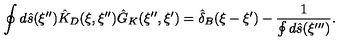
\oint { d } \hat { s } ( \xi ^ { \prime \prime } ) { \hat { K } _ { D } } ( \xi , \xi ^ { \prime \prime } ) { \hat { G } _ { K } } ( \xi ^ { \prime \prime } , \xi ^ { \prime } ) = { \hat { \delta } _ { B } } ( \xi - \xi ^ { \prime } ) - { \frac { 1 } { \oint { d } \hat { s } ( \xi ^ { \prime \prime \prime } ) } } .